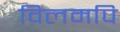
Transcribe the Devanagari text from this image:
विलमपि